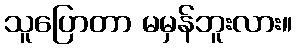
သူပြောတာ မမှန်ဘူးလား။